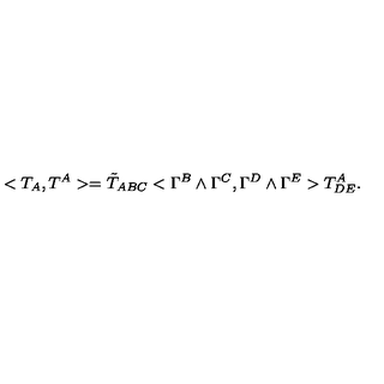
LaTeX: < T _ { A } , T ^ { A } > = { \tilde { T } } _ { A B C } < \Gamma ^ { B } \wedge \Gamma ^ { C } , \Gamma ^ { D } \wedge \Gamma ^ { E } > T _ { D E } ^ { A } .